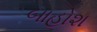
બાહોશ